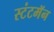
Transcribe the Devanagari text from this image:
स्टंटमॅन